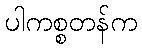
ပါကစ္စတန်က